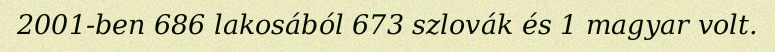
2001-ben 686 lakosából 673 szlovák és 1 magyar volt.